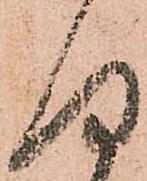
何